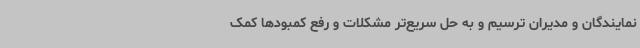
نمایندگان و مدیران ترسیم و به حل سریع‌تر مشکلات و رفع کمبودها کمک